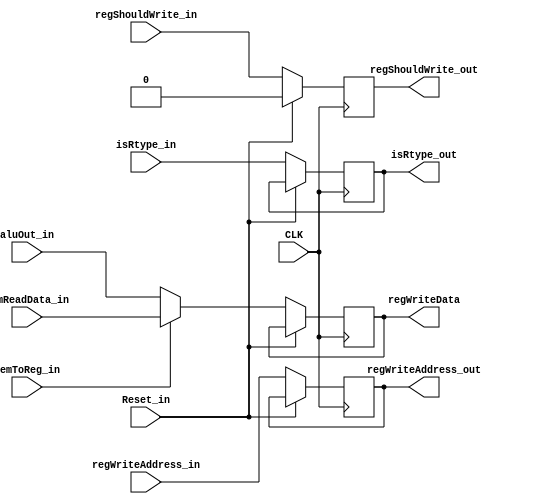
`timescale 1ns / 1ps
//////////////////////////////////////////////////////////////////////////////////
// Company: 
// Engineer: 
// 
// Design Name: 
// Module Name:    Reg_MEMtoWB 
// Project Name: 
// Target Devices: 
// Tool versions: 
// Description: 
//
// Dependencies: 
//
// Revision: 
// Revision 0.01 - File Created
// Additional Comments: 
//
//////////////////////////////////////////////////////////////////////////////////
module Reg_MEMtoWB(
    input CLK,Reset_in,isRtype_in,
    input memToReg_in,regShouldWrite_in,
    input [32:1] memReadData_in,aluOut_in,
    input [5:1] regWriteAddress_in,

    output reg regShouldWrite_out,isRtype_out,
    output reg [32:1] regWriteData,
    output reg [5:1] regWriteAddress_out
    );

    always @(posedge CLK)begin
        if(Reset_in == 1) begin
            regShouldWrite_out <= 0;
        end
        else begin
            isRtype_out <= isRtype_in;
            regShouldWrite_out <= regShouldWrite_in;
            regWriteAddress_out <= regWriteAddress_in;

            if(memToReg_in==0)begin
                regWriteData <= aluOut_in;
                end
            else begin
                regWriteData <= memReadData_in;
            end
        end
    end

endmodule